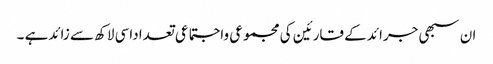
ان سبھی جرائد کے قارئین کی مجموعی واجتماعی تعداداسی لاکھ سے زائدہے ۔